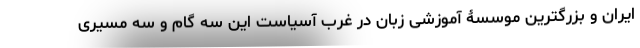
ایران و بزرگترین موسسۀ آموزشی زبان در غرب آسیاست این سه گام و سه مسیری